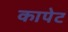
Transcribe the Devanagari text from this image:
कापेट